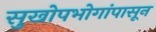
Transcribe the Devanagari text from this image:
सुखोपभोगांपासून